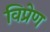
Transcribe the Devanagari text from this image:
विप्रेण